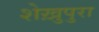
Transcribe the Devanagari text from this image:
शेख़ुपुरा